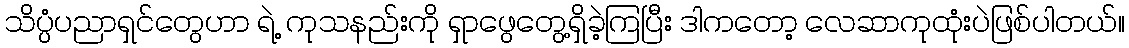
သိပ္ပံပညာရှင်တွေဟာ ရဲ့ ကုသနည်းကို ရှာဖွေတွေ့ရှိခဲ့ကြပြီး ဒါကတော့ လေဆာကုထုံးပဲဖြစ်ပါတယ်။